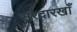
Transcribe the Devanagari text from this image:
सरदारखाँ